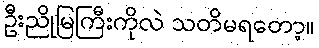
ဦးညိုမြကြီးကိုလဲ သတိမရတော့။